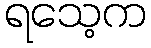
ရသေ့က